Bréfritari: Magnús Einarsson
Viðtakandi: Jón Borgfirðings Jónsson
Dagsetning: A-1857-12-30
Skrifað á: Leirá  Borg.

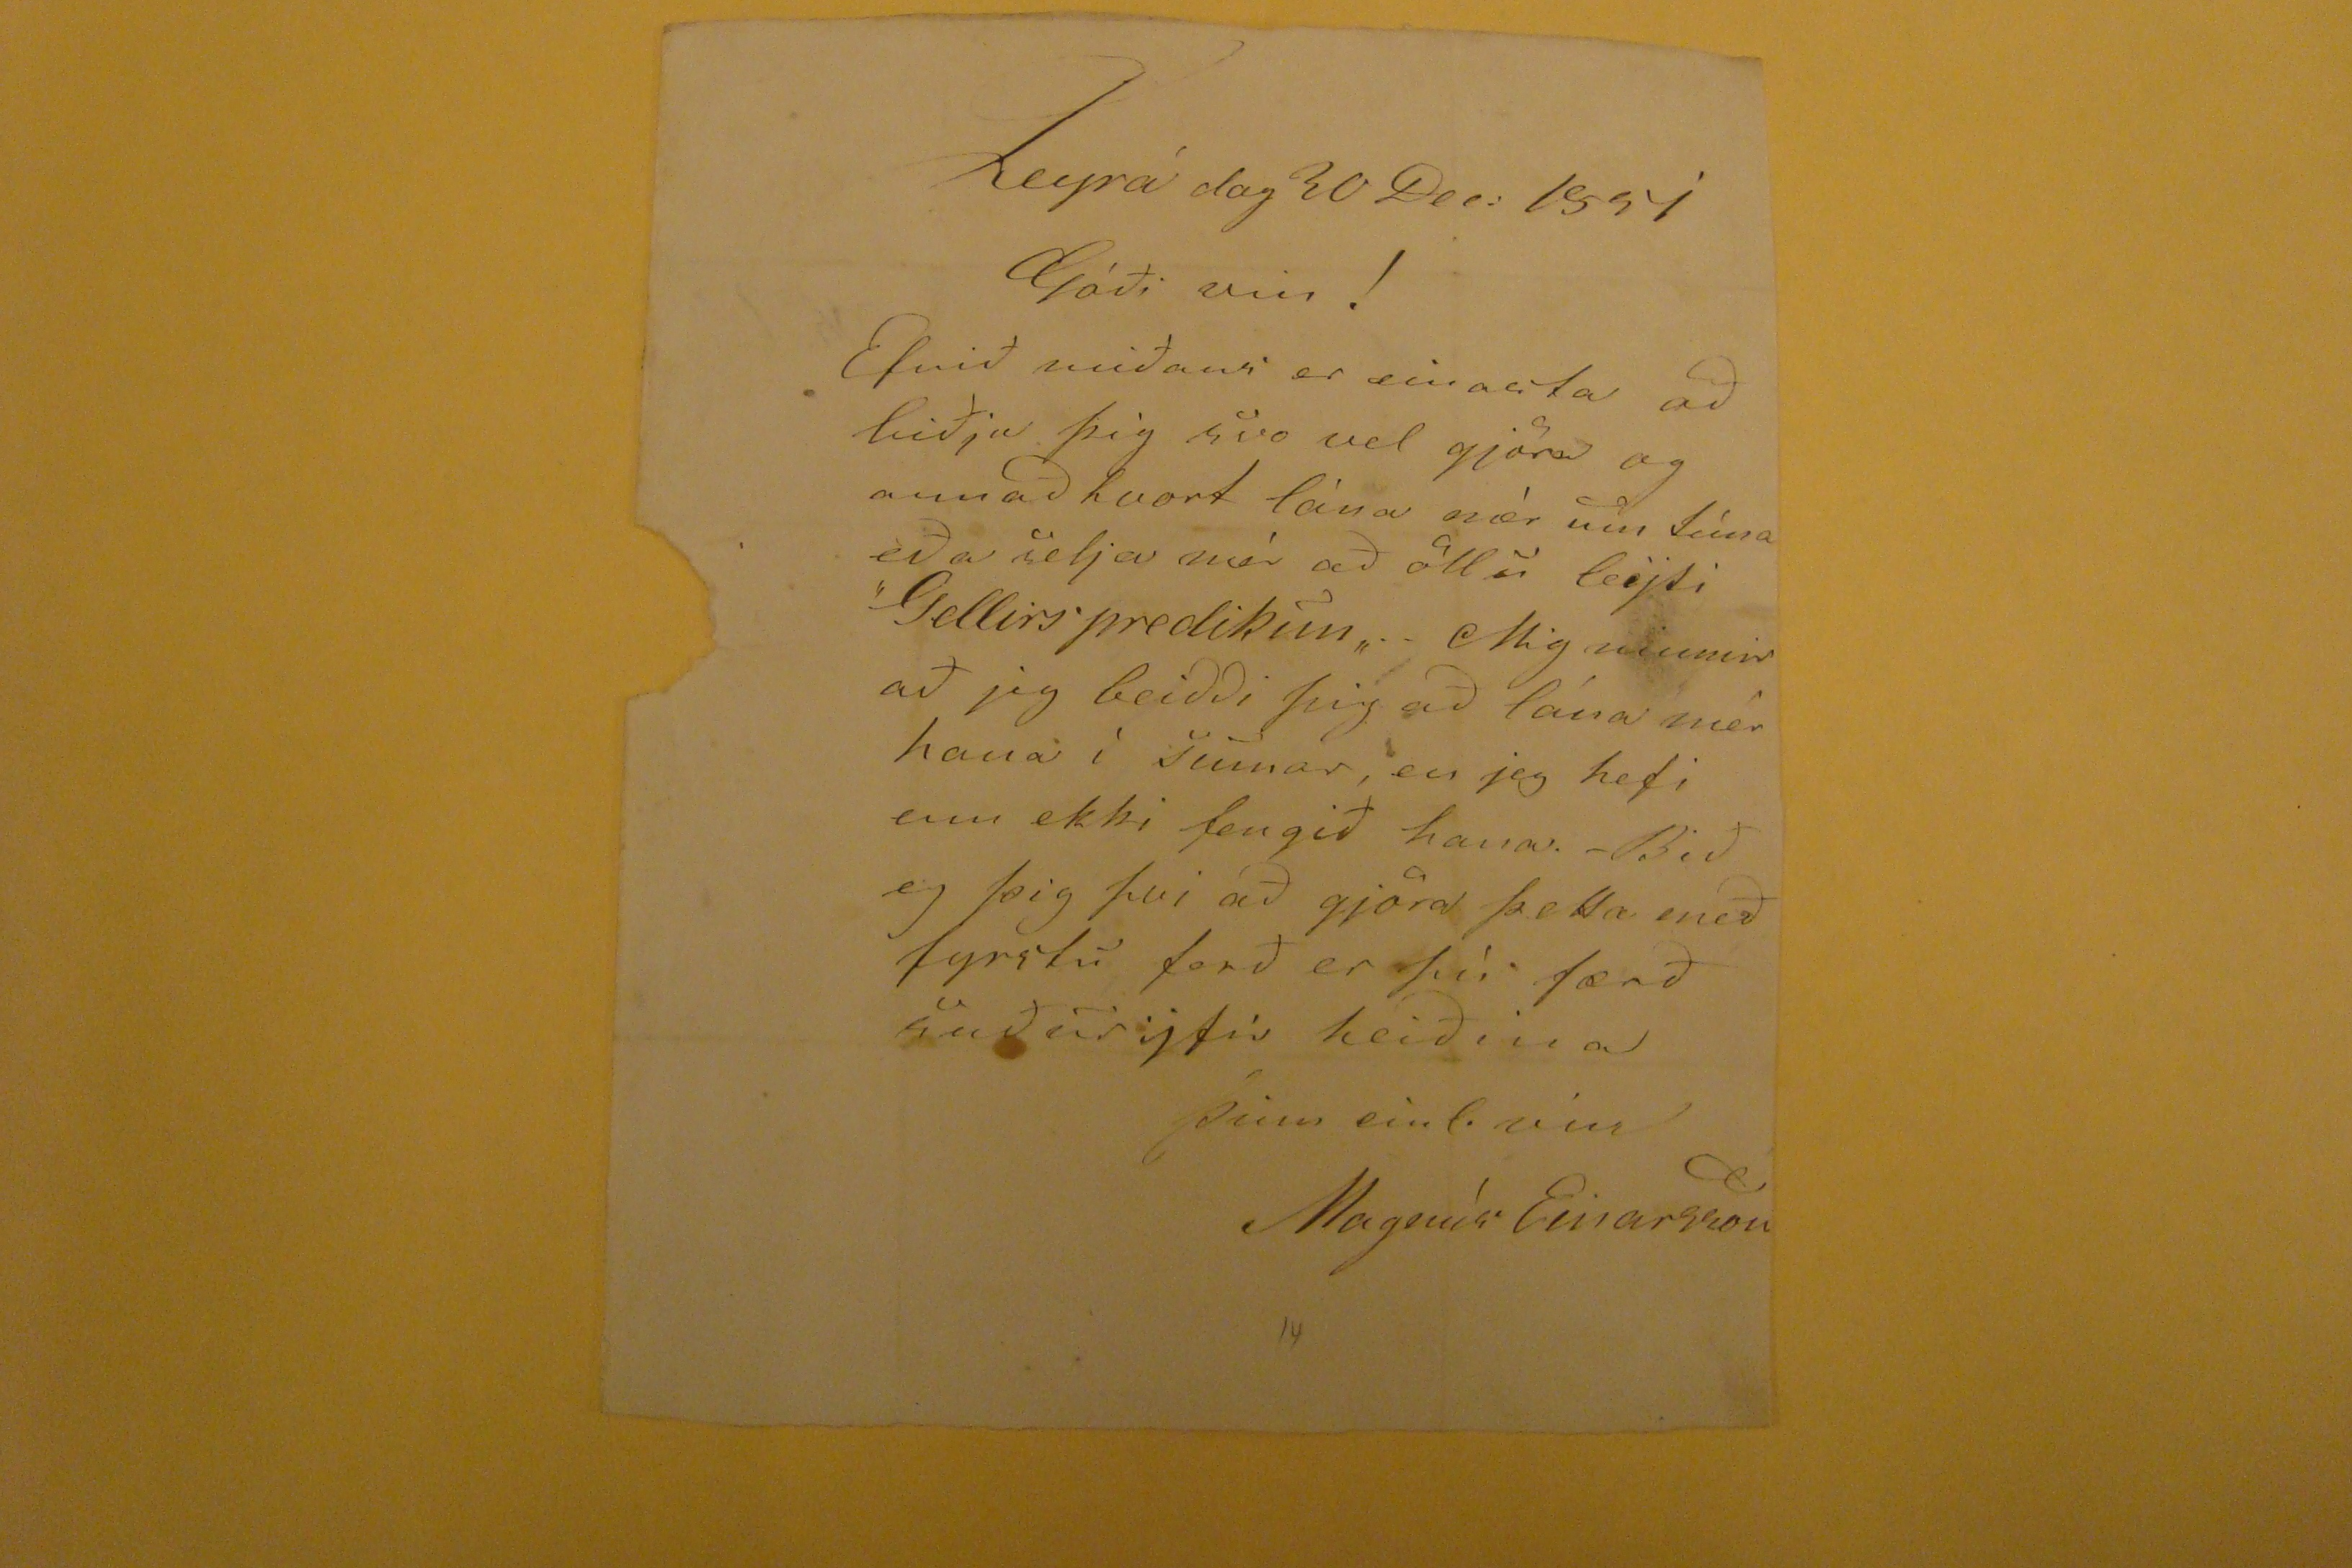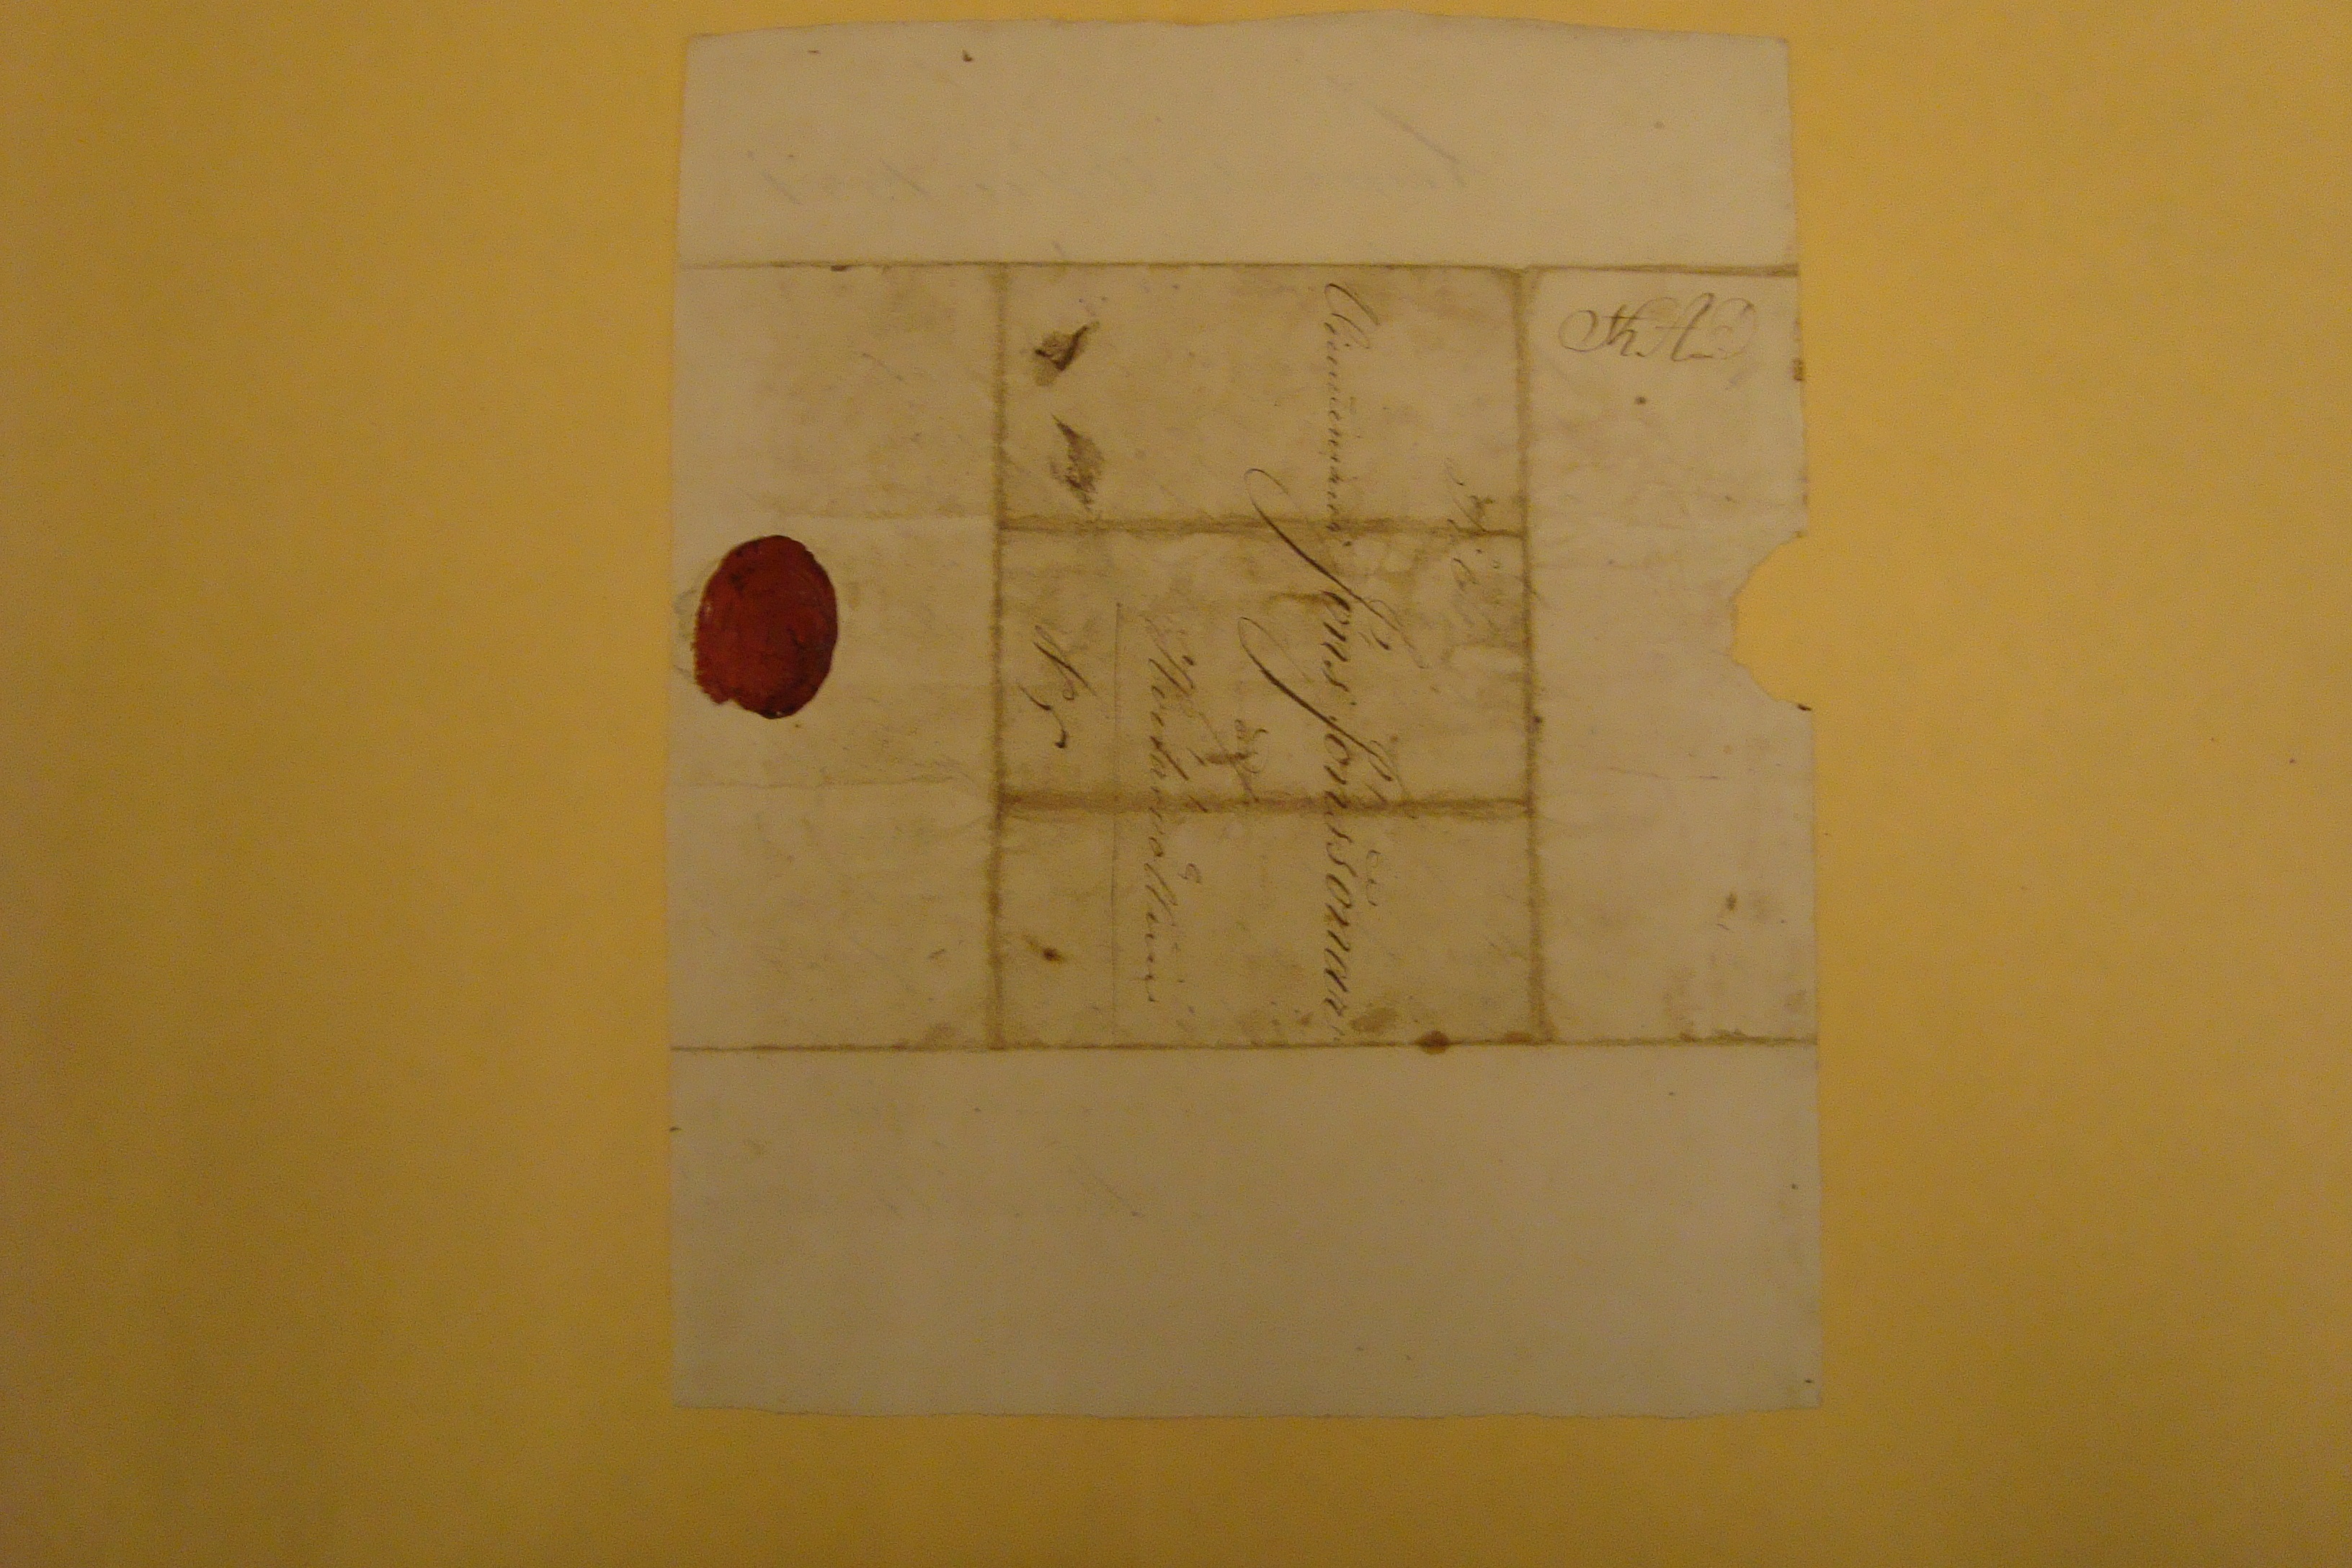

Leyrá dag 30 Dec. 1857
Góði vin!
Efnið miðans er einasta að biðja þig svo vel gjöra og annað hvort lána mér um tíma eða selja mér að öllu
leijti
"Gellirs predikun". . Mig minnir að jeg beiðði þig að lána mér hana i sumar, en jeg hefi enn ekki fengið hana.- Bið eg þig þvi að gjöra þetta með fyrstu ferð er þú færð suðuryfir heiðina
þinn einl. vin
Magnús Einarsson
Til
???
Jóns Jónssonar
að/
Hvítárvöllum